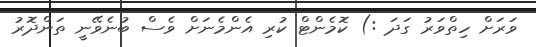
ވަރަށް ހިތްވަރު ގަދަ :) ކޮމެންޓް ކުރި އެންމެނަށް ވެސް ބުނެވޭނީ ތަންދޮރު